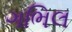
ગભિલ